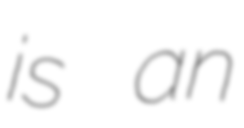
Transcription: is an